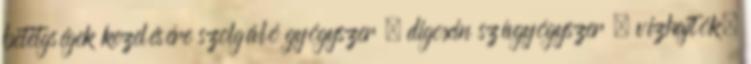
betetgségek kezelésére szolgáló gyógyszer , digoxin szívgyógyszer , vízhajtók,